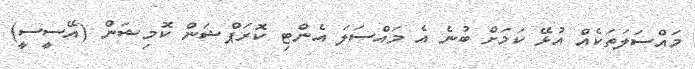
މައްސަލަތަކެެއް އުޅޭ ކަމަށް ބުނެ އެ މައްސަލަ އެންޓި ކޮރަޕްޝަން ކޮމިޝަން (އޭސީސީ)